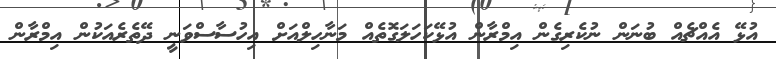
އުޅޭ އެއްޗެއް ބުނަން ނުކެރިގެން އިމްރާން އުޅޭކަހަލަގޮތެއް މަނާހިލްއަށް އިހުސާސްވަނީ ދޭތެރެއަކުން އިމްރާން